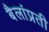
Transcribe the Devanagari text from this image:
बैलांप्रती